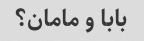
بابا و مامان؟